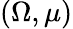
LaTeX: (\Omega,\mu)